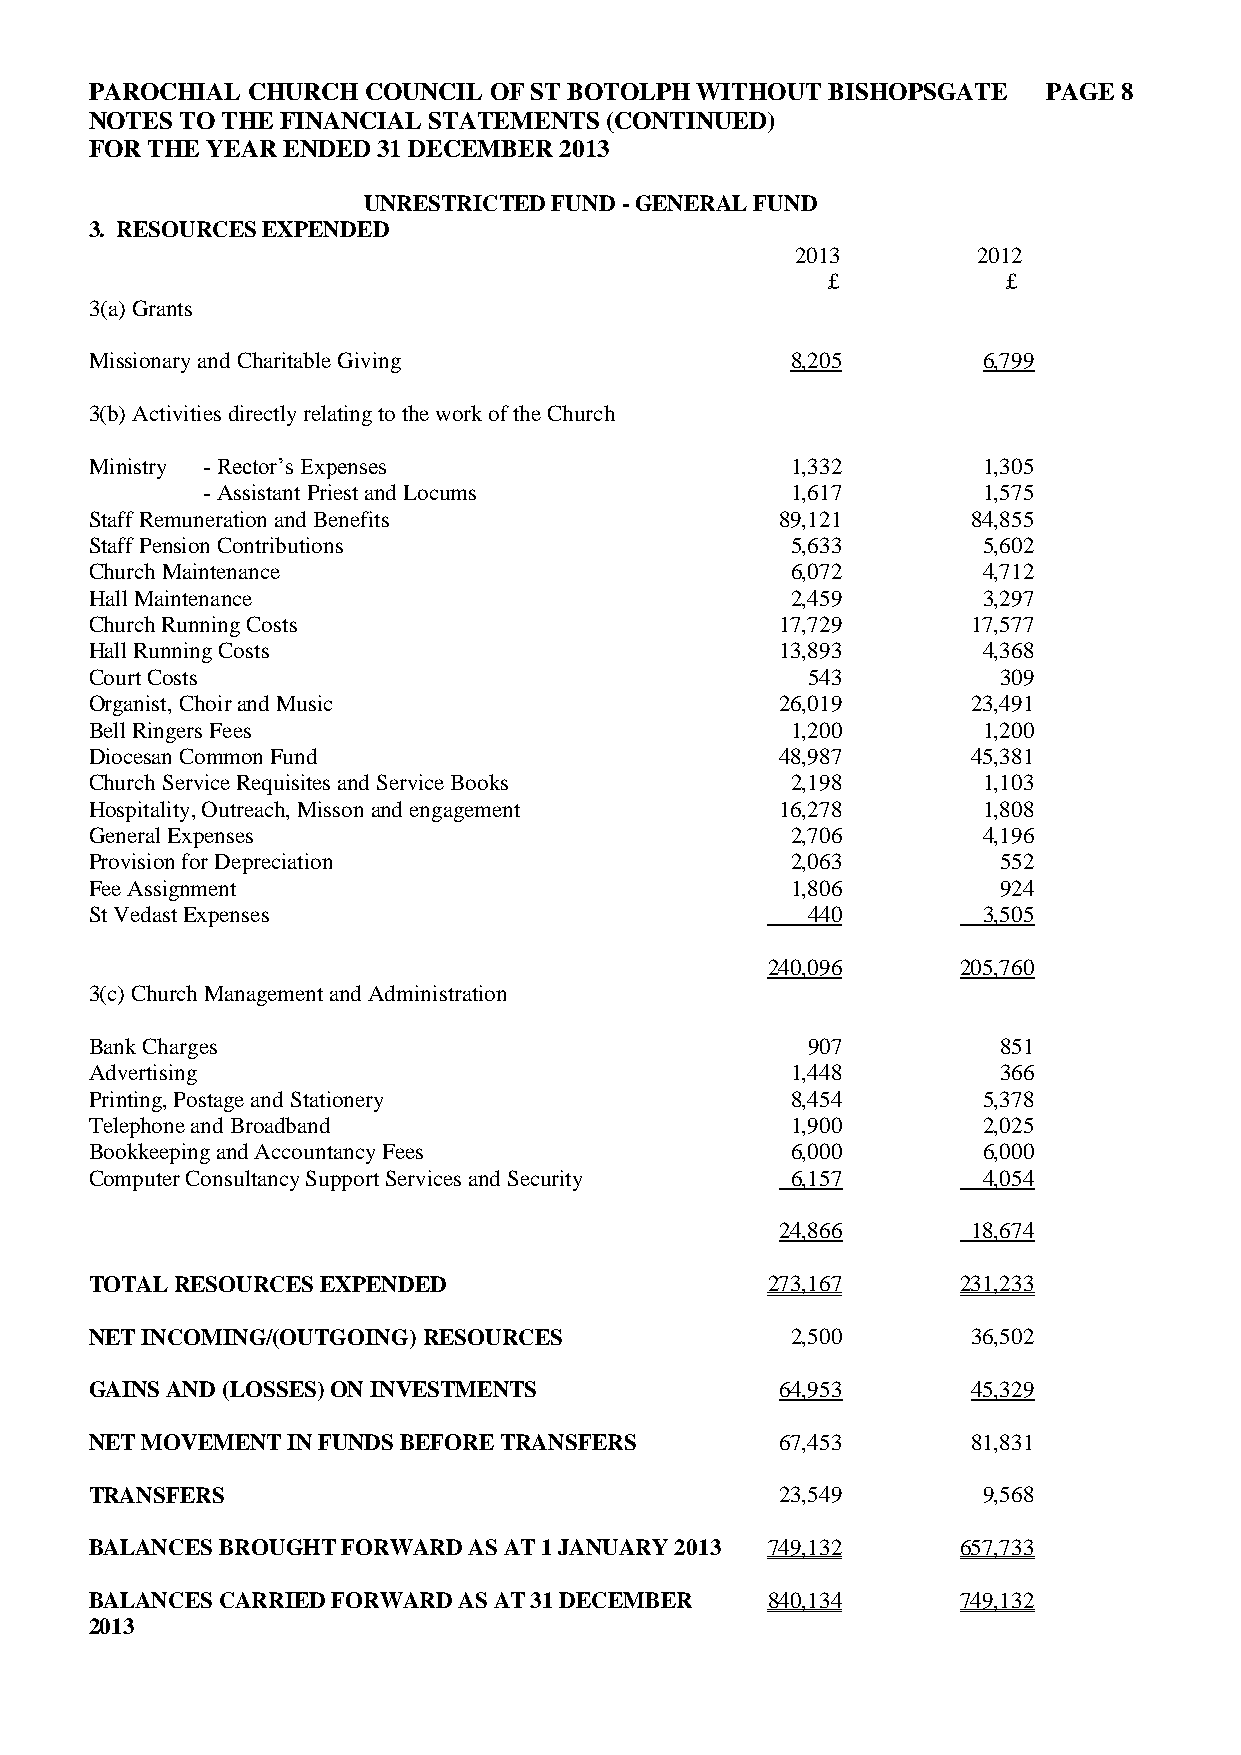
PAROCHIAL CHURCH  COUNCIL OF ST BOTOLPH WITHOUT  BISHOPSGATE   PAGE 8
 NOTES TO THE FINANCIAL STATEMENTS (CONTINUED)
 FOR THE YEAR ENDED 31 DECEMBER 2013
 UNRESTRICTED FUND - GENERAL FUND
 3. RESOURCES EXPENDED
 2013        2012
 £           £
 3(a) Grants
 Missionary and Charitable Giving              8,205        6,799
 3(b) Activities directly relating to the work of the Church
 Ministry - Rector’s Expenses                  1,332        1,305
 - Assistant Priest and Locums          1,617        1,575
 Staff Remuneration and Benefits               89,121      84,855
 Staff Pension Contributions                   5,633        5,602
 Church Maintenance                            6,072        4,712
 Hall Maintenance                              2,459        3,297
 Church Running Costs                          17,729      17,577
 Hall Running Costs                            13,893       4,368
 Court Costs                                    543          309
 Organist, Choir and Music                     26,019      23,491
 Bell Ringers Fees                             1,200        1,200
 Diocesan Common Fund                          48,987      45,381
 Church Service Requisites and Service Books   2,198        1,103
 Hospitality, Outreach, Misson and engagement  16,278       1,808
 General Expenses                              2,706        4,196
 Provision for Depreciation                    2,063         552
 Fee Assignment                                1,806         924
 St Vedast Expenses                             440         3,505
 240,096      205,760
 3(c) Church Management and Administration
 Bank Charges                                   907          851
 Advertising                                   1,448         366
 Printing, Postage and Stationery              8,454        5,378
 Telephone and Broadband                       1,900        2,025
 Bookkeeping and Accountancy Fees              6,000        6,000
 Computer Consultancy Support Services and Security 6,157   4,054
 24,866      18,674
 TOTAL RESOURCES EXPENDED                     273,167      231,233
 NET INCOMING/(OUTGOING) RESOURCES             2,500       36,502
 GAINS AND (LOSSES) ON INVESTMENTS             64,953      45,329
 NET MOVEMENT IN FUNDS BEFORE TRANSFERS        67,453      81,831
 TRANSFERS                                     23,549       9,568
 BALANCES BROUGHT FORWARD AS AT 1 JANUARY 2013 749,132     657,733
 BALANCES CARRIED FORWARD AS AT 31 DECEMBER   840,134      749,132
 2013